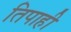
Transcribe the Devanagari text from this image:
तिपाही